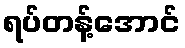
ရပ်တန့်အောင်